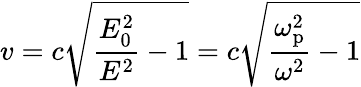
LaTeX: v=c{\sqrt{{\frac{E_{0}^{2}}{E^{2}}}-1}}=c{\sqrt{{\frac{\omega_{\mathrm{p}}^{2}}{\omega^{2}}}-1}}